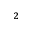
^ 2